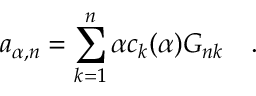
a _ { \alpha , n } = \sum _ { k = 1 } ^ { n } \alpha c _ { k } ( { \alpha } ) G _ { n k } ~ ~ ~ .